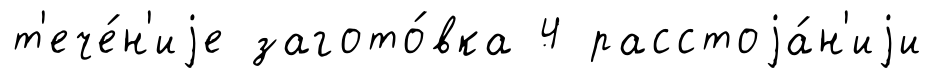
т'ече́н'иjе загото́вка 4 расстоjа́н'иjи